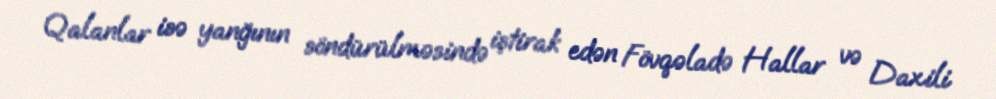
Qalanlar isə yanğının söndürülməsində iştirak edən Fövqəladə Hallar və Daxili